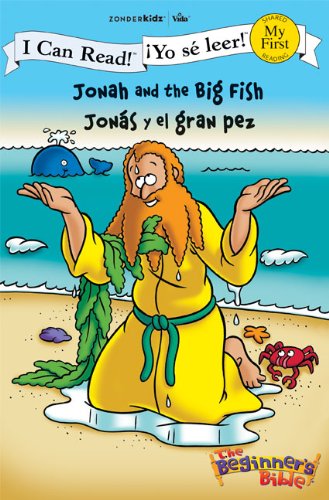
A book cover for Jonah and the Big Fish / JonÃ¡s y el gran pez (I Can Read! / The Beginner's Bible / Â¡Yo sÃ© leer!); Zondervan; Christian Books & Bibles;